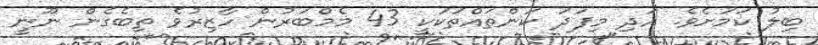
ބިލު ކަމަށެވެ. އަދި މިފަދަ ކަންތައްތަކަކީ 43 މެމްބަރުން ހާޒިރުވެ ތިބެގެން ނޫނީ